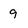
Character: 9